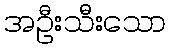
အဦးသီးသော